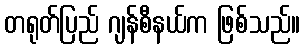
တရုတ်ပြည် ဂျန်စီနယ်က ဖြစ်သည်။